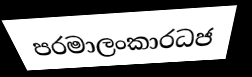
පරමාලංකාරධජ